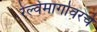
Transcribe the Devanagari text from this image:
रेल्वेमार्गावरचे